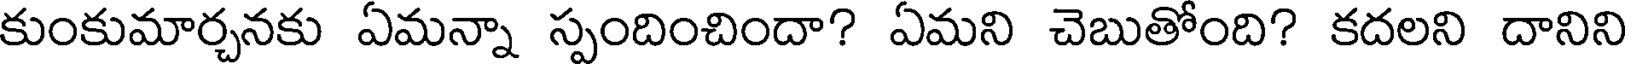
కుంకుమార్చనకు ఏమన్నా స్పందించిందా? ఏమని చెబుతోంది? కదలని దానిని